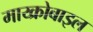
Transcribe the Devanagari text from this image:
माय्क्रोबाइल